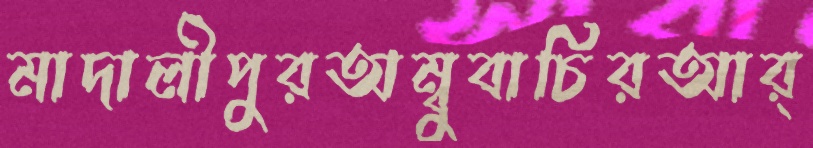
মাদালীপুরঅম্বুবাচিরআর্